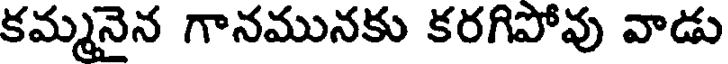
కమ్మనైన గానమునకు కరగిపోవు వాడు